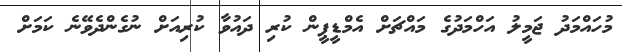
މުހައްމަދު ޖަމީލު އަހްމަދުގެ މައްޗަށް އެމްޑީޕީން ކުރި ދައުވާ ކުރިއަށް ނުގެންދެވޭނެ ކަމަށް